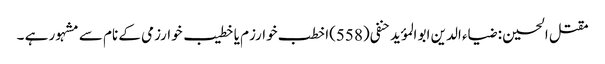
مقتل الحسین : ضیاء الدین ابو المؤید حنفی(558)اخطب خوارزم یا خطیب خوارزمی کے نام سے مشہور ہے ۔